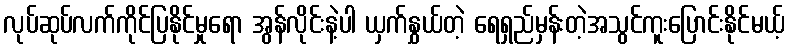
လုပ်ဆုပ်လက်ကိုင်ပြနိုင်မှုရော အွန်လိုင်းနဲ့ပါ ယှက်နွှယ်တဲ့ ရေရှည်မှန်းတဲ့အသွင်ကူးပြောင်းနိုင်မယ့်